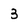
Character: 3